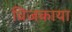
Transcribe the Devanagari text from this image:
विजकाया